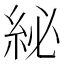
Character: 𮈊